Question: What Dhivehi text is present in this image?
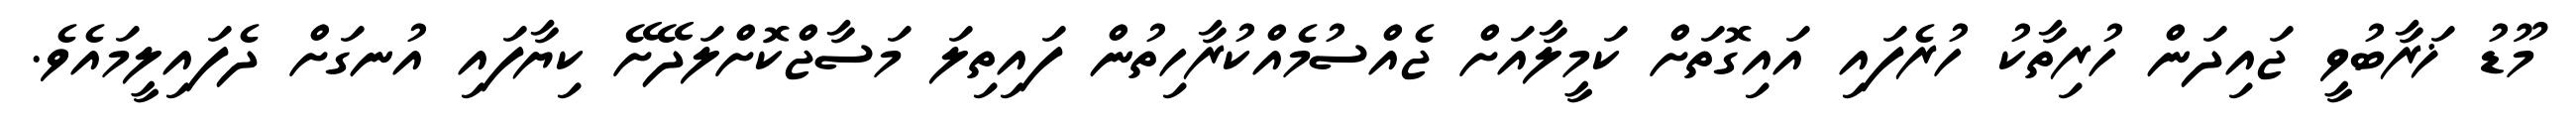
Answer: މޫޑު ޚަރާބުވީ ޖައިދަން ހުރިތާކު ހުރެފައި އައިގޮތަށް ކަމީލާއަށް ޖެއްސުމެއްކުރާހިތުން ފައިތިލަ މަސާޖްކޮށްލަދޭށޭ ކިޔާފައި އުނގަށް ދެފައިލީމައެވެ.